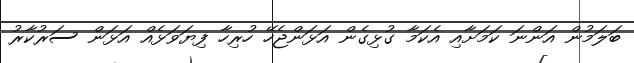
ބަލަމުން އަންނަ ކަމަށާއި އެކަމާ ގުޅިގެން އަޅަންޖެހޭ ހުރިހާ ފިޔަވަޅެއް އަޅަން ސަރުކާރު